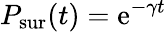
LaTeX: P_{\mathrm{sur}}(t)=\mathrm{e}^{-\gamma t}